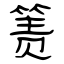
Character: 箦